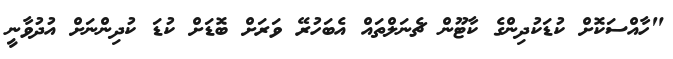
"ހާއްސަކޮށް ކުޑަކުދިންގެ ކާޓޫން ޗެނަލްތައް އެބަހުރޭ ވަރަށް ބޮޑަށް ކުޑަ ކުދިންނަށް އުދުވާނީ